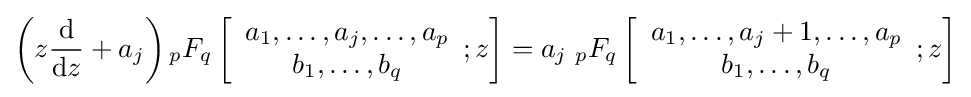
{\begin{aligned}\left(z{\frac {\rm {d}}{{\rm {d}}z}}+a_{j}\right){}_{p}F_{q}\left[{\begin{array}{c}a_{1},\dots ,a_{j},\dots ,a_{p}\\b_{1},\dots ,b_{q}\end{array}};z\right]&=a_{j}\;{}_{p}F_{q}\left[{\begin{array}{c}a_{1},\dots ,a_{j}+1,\dots ,a_{p}\\b_{1},\dots ,b_{q}\end{array}};z\right]\\\end{aligned}}